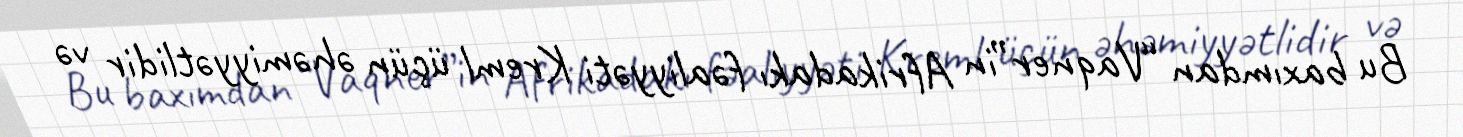
Bu baxımdan “Vaqner”in Afrikadakı fəaliyyəti Kreml üçün əhəmiyyətlidir və